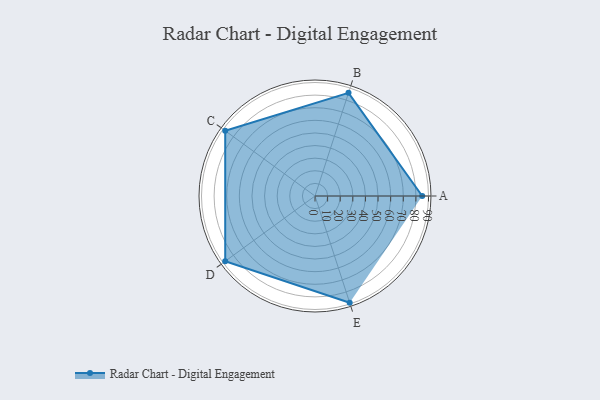
{"axis": {"x": "Skill", "y": "Score"}, "legend": ["Profile"], "data": [{"x": "A", "y": 85.0, "type": "Profile"}, {"x": "B", "y": 86.0, "type": "Profile"}, {"x": "C", "y": 88.0, "type": "Profile"}, {"x": "D", "y": 88.0, "type": "Profile"}, {"x": "E", "y": 89.0, "type": "Profile"}]}